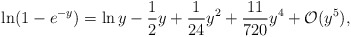
\begin{align*}\ln ( 1 - e^{-y}) = \ln y - \frac{1}{2} y + \frac{1}{24} y^2 +\frac{11}{720} y^4 + {\cal O} (y^5),\end{align*}